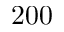
2 0 0